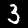
Digit: 3